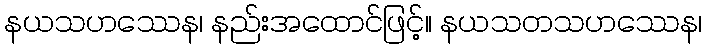
နယသဟဿေန၊ နည်းအထောင်ဖြင့်။ နယသတသဟဿေန၊